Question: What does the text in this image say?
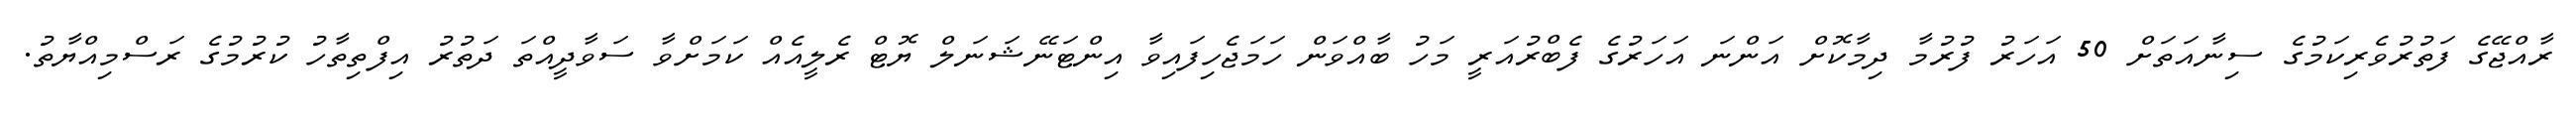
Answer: ރާއްޖޭގެ ފަތުރުވެރިކަމުގެ ސިނާއަތަށް 50 އަހަރު ފުރުމާ ދިމާކޮށް އަންނަ އަހަރުގެ ފެބްރުއަރީ މަހު ބާއްވަން ހަމަޖެހިފައިވާ އިންޓަނޭޝަނަލް ޔޮޓް ރެލީއެއް ކަމަށްވާ ސަވާދީއްތަ ދަތުރު އިފްތިތާހު ކުރުމުގެ ރަސްމިއްޔާތު.